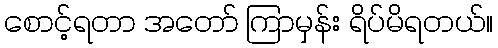
စောင့်ရတာ အတော် ကြာမှန်း ရိပ်မိရတယ်။